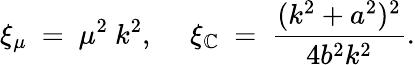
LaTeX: \xi_{\mu}~=~\mu^{2}~k^{2},~~~~~\xi_{\mathbb{C}}~=~\frac{{(k^{2}+a^{2})^{2}}}{{4b^{2}k^{2}}}.